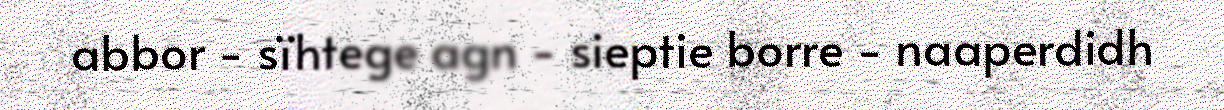
abbor - sïhtege agn - sieptie borre - naaperdidh